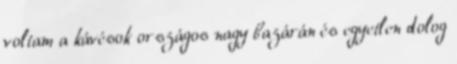
voltam a kávésok országos nagy bazárán és egyetlen dolog